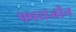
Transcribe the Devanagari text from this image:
फासजीन